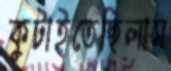
কুটাইতেছিলাম